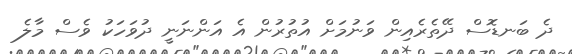
ދެ ބަނޑޮސް ދޭތެރެއިން ވަނުމަށް އުތުރުން އެ އަންނަނީ ދުވަހަކު ވެސް މާލެ